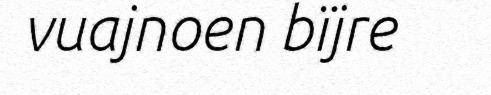
vuajnoen bïjre